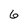
Character: 6